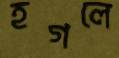
হগলে